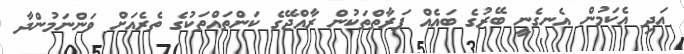
އަދި އެކަމުން އެނގެނީ ބޭރުގެ ބައެއް ފަރާތްތަކުން ރާއްޖޭގެ ކަންތައްތަކުގެ ތެރެއަށް ވަންނަމުންދާ